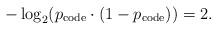
LaTeX: \begin{align*}-\log_2 (p_\mathrm{code}\cdot (1-p_\mathrm{code}))=2.\end{align*}